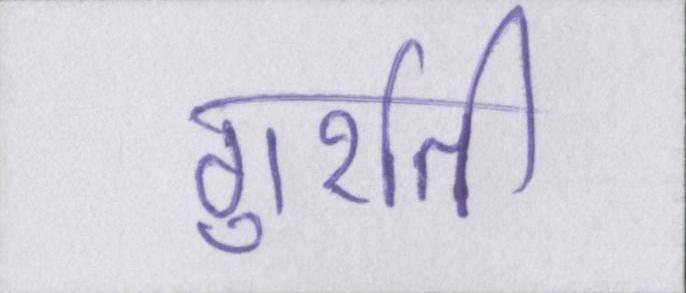
गुर्राती